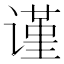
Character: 谨